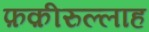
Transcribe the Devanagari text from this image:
फ़क़ीरुल्लाह